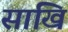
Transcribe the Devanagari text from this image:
साखि